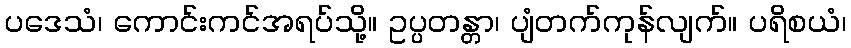
ပဒေသံ၊ ကောင်းကင်အရပ်သို့။ ဥပ္ပတန္တာ၊ ပျံတက်ကုန်လျက်။ ပရိစယံ၊